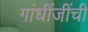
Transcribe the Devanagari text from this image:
गांधींजींची